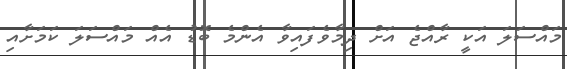
މައްސަލަ އަކީ ރާއްޖެ އަށް ދިމާވެފައިވާ އެންމެ ބޮޑު އެއް މައްސަލަ ކަމަށާއި